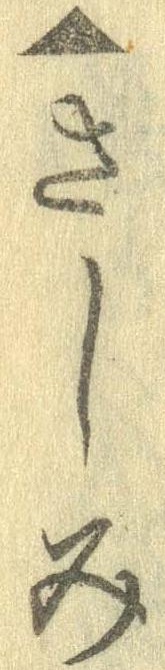
▲さしみ